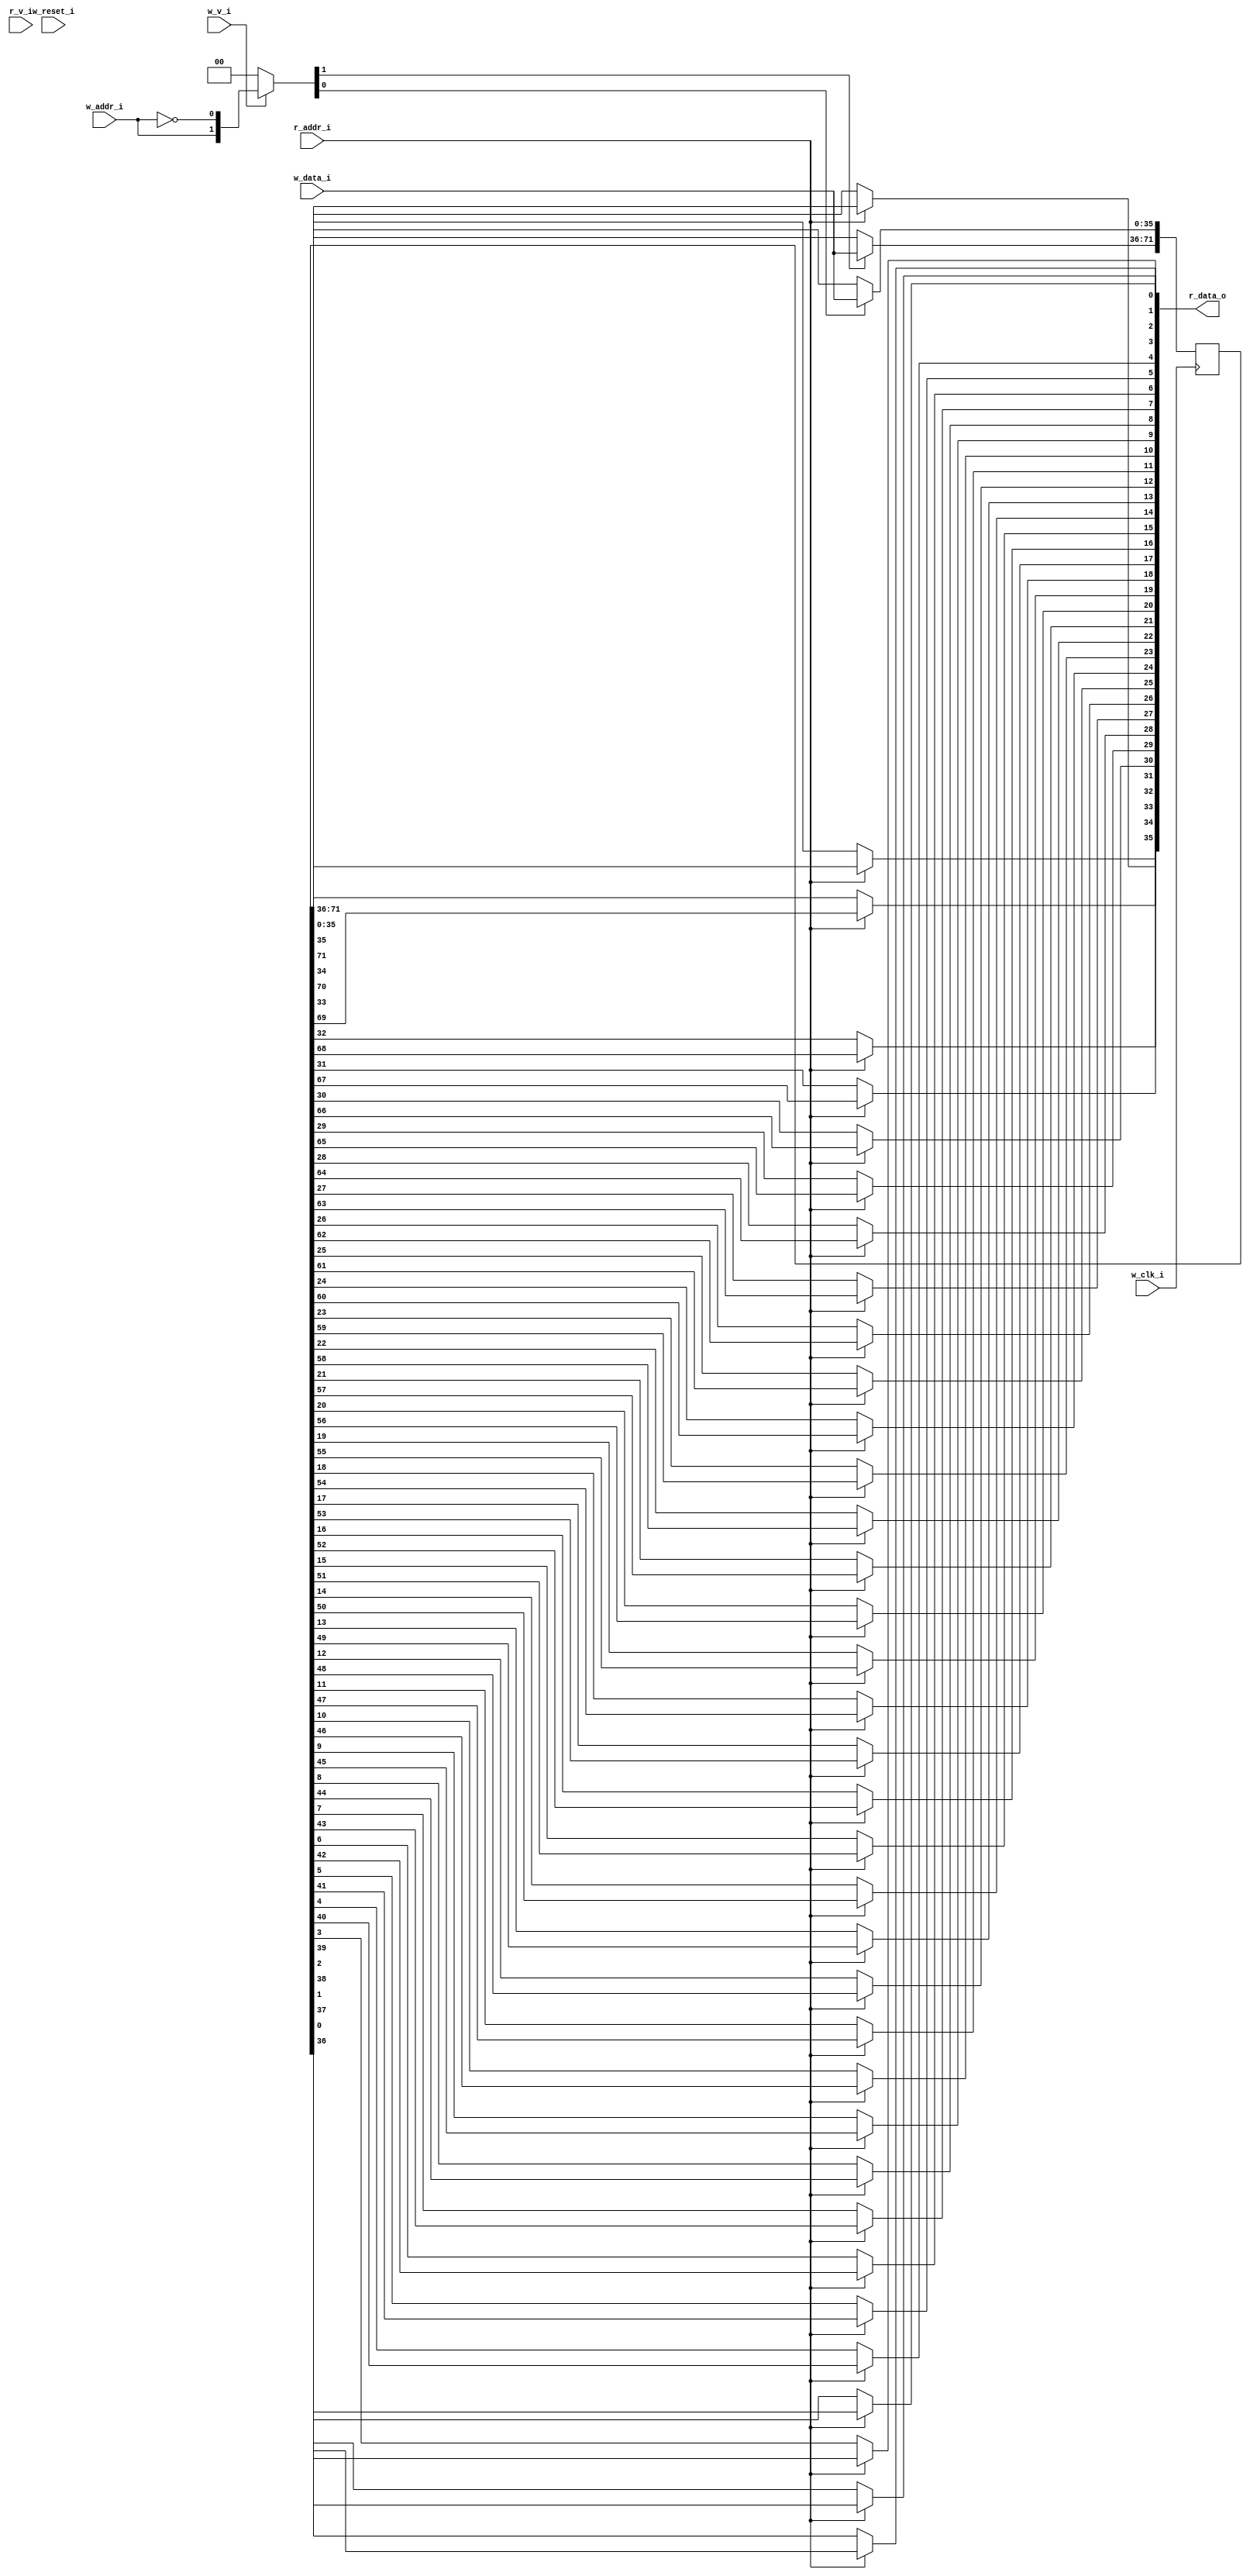
// This program was cloned from: https://github.com/NYU-MLDA/OpenABC
// License: BSD 3-Clause "New" or "Revised" License

module bsg_mem_1r1w_synth_width_p36_els_p2_read_write_same_addr_p0_harden_p0
(
  w_clk_i,
  w_reset_i,
  w_v_i,
  w_addr_i,
  w_data_i,
  r_v_i,
  r_addr_i,
  r_data_o
);

  input [0:0] w_addr_i;
  input [35:0] w_data_i;
  input [0:0] r_addr_i;
  output [35:0] r_data_o;
  input w_clk_i;
  input w_reset_i;
  input w_v_i;
  input r_v_i;
  wire [35:0] r_data_o;
  wire N0,N1,N2,N3,N4,N5,N7,N8;
  reg [71:0] mem;
  assign r_data_o[35] = (N3)? mem[35] :
                        (N0)? mem[71] : 1'b0;
  assign N0 = r_addr_i[0];
  assign r_data_o[34] = (N3)? mem[34] :
                        (N0)? mem[70] : 1'b0;
  assign r_data_o[33] = (N3)? mem[33] :
                        (N0)? mem[69] : 1'b0;
  assign r_data_o[32] = (N3)? mem[32] :
                        (N0)? mem[68] : 1'b0;
  assign r_data_o[31] = (N3)? mem[31] :
                        (N0)? mem[67] : 1'b0;
  assign r_data_o[30] = (N3)? mem[30] :
                        (N0)? mem[66] : 1'b0;
  assign r_data_o[29] = (N3)? mem[29] :
                        (N0)? mem[65] : 1'b0;
  assign r_data_o[28] = (N3)? mem[28] :
                        (N0)? mem[64] : 1'b0;
  assign r_data_o[27] = (N3)? mem[27] :
                        (N0)? mem[63] : 1'b0;
  assign r_data_o[26] = (N3)? mem[26] :
                        (N0)? mem[62] : 1'b0;
  assign r_data_o[25] = (N3)? mem[25] :
                        (N0)? mem[61] : 1'b0;
  assign r_data_o[24] = (N3)? mem[24] :
                        (N0)? mem[60] : 1'b0;
  assign r_data_o[23] = (N3)? mem[23] :
                        (N0)? mem[59] : 1'b0;
  assign r_data_o[22] = (N3)? mem[22] :
                        (N0)? mem[58] : 1'b0;
  assign r_data_o[21] = (N3)? mem[21] :
                        (N0)? mem[57] : 1'b0;
  assign r_data_o[20] = (N3)? mem[20] :
                        (N0)? mem[56] : 1'b0;
  assign r_data_o[19] = (N3)? mem[19] :
                        (N0)? mem[55] : 1'b0;
  assign r_data_o[18] = (N3)? mem[18] :
                        (N0)? mem[54] : 1'b0;
  assign r_data_o[17] = (N3)? mem[17] :
                        (N0)? mem[53] : 1'b0;
  assign r_data_o[16] = (N3)? mem[16] :
                        (N0)? mem[52] : 1'b0;
  assign r_data_o[15] = (N3)? mem[15] :
                        (N0)? mem[51] : 1'b0;
  assign r_data_o[14] = (N3)? mem[14] :
                        (N0)? mem[50] : 1'b0;
  assign r_data_o[13] = (N3)? mem[13] :
                        (N0)? mem[49] : 1'b0;
  assign r_data_o[12] = (N3)? mem[12] :
                        (N0)? mem[48] : 1'b0;
  assign r_data_o[11] = (N3)? mem[11] :
                        (N0)? mem[47] : 1'b0;
  assign r_data_o[10] = (N3)? mem[10] :
                        (N0)? mem[46] : 1'b0;
  assign r_data_o[9] = (N3)? mem[9] :
                       (N0)? mem[45] : 1'b0;
  assign r_data_o[8] = (N3)? mem[8] :
                       (N0)? mem[44] : 1'b0;
  assign r_data_o[7] = (N3)? mem[7] :
                       (N0)? mem[43] : 1'b0;
  assign r_data_o[6] = (N3)? mem[6] :
                       (N0)? mem[42] : 1'b0;
  assign r_data_o[5] = (N3)? mem[5] :
                       (N0)? mem[41] : 1'b0;
  assign r_data_o[4] = (N3)? mem[4] :
                       (N0)? mem[40] : 1'b0;
  assign r_data_o[3] = (N3)? mem[3] :
                       (N0)? mem[39] : 1'b0;
  assign r_data_o[2] = (N3)? mem[2] :
                       (N0)? mem[38] : 1'b0;
  assign r_data_o[1] = (N3)? mem[1] :
                       (N0)? mem[37] : 1'b0;
  assign r_data_o[0] = (N3)? mem[0] :
                       (N0)? mem[36] : 1'b0;
  assign N5 = ~w_addr_i[0];
  assign { N8, N7 } = (N1)? { w_addr_i[0:0], N5 } :
                      (N2)? { 1'b0, 1'b0 } : 1'b0;
  assign N1 = w_v_i;
  assign N2 = N4;
  assign N3 = ~r_addr_i[0];
  assign N4 = ~w_v_i;

  always @(posedge w_clk_i) begin
    if(N8) begin
      { mem[71:36] } <= { w_data_i[35:0] };
    end
    if(N7) begin
      { mem[35:0] } <= { w_data_i[35:0] };
    end
  end


endmodule